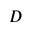
D